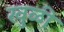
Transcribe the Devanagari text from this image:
खुळी